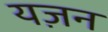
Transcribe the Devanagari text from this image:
यज़न